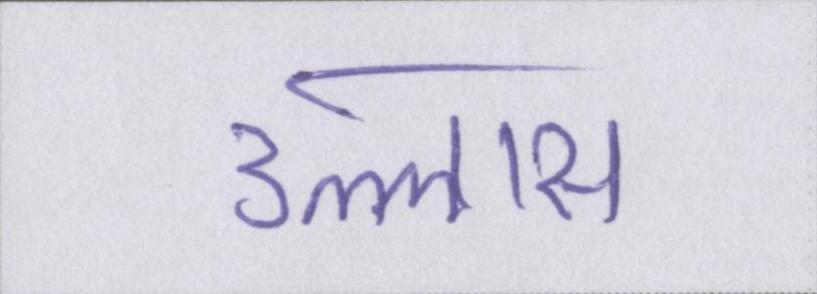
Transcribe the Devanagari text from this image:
उल्लास